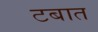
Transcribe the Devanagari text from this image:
टबात